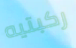
ركبتيه